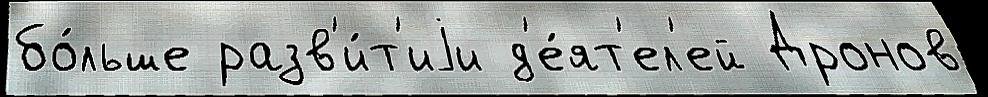
бо́льше разв'и́т'иjи д'е́ят'ел'ей Дронов